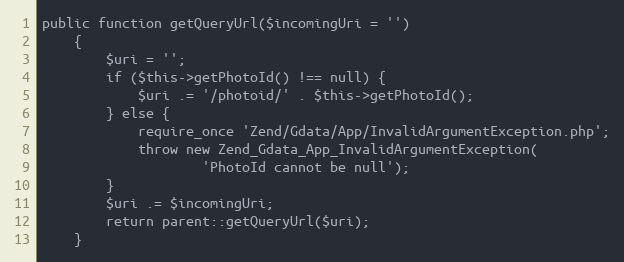
Language: PHP
public function getQueryUrl($incomingUri = '')
    {
        $uri = '';
        if ($this->getPhotoId() !== null) {
            $uri .= '/photoid/' . $this->getPhotoId();
        } else {
            require_once 'Zend/Gdata/App/InvalidArgumentException.php';
            throw new Zend_Gdata_App_InvalidArgumentException(
                    'PhotoId cannot be null');
        }
        $uri .= $incomingUri;
        return parent::getQueryUrl($uri);
    }